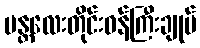
မန္တလေးတိုင်းဝန်ကြီးချုပ်